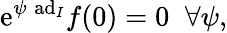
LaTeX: \mathrm{e}^{\psi\; \mathrm{ad}_{I}}f(0)=0\; \; \forall\psi,